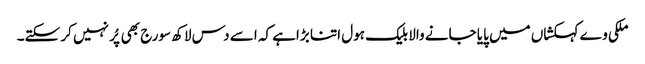
ملکی وے کہکشاں میں پایا جانے والا بلیک ہول اتنا بڑاہے کہ اسے دس لاکھ سورج بھی پُر نہیں کر سکتے۔